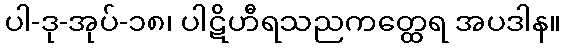
ပါ-ဒု-အုပ်-၁၈၊ ပါဋိဟီရသညကတ္ထေရ အပဒါန။